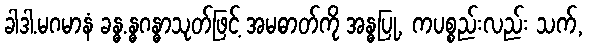
ခါဒါ.မဂမာနံ ခန္ဓ.န္ဓဂန္ဓာသုတ်ဖြင့် အမဓာတ်ကို အန္ဓပြု, ကပစ္စည်းလည်း သက်,